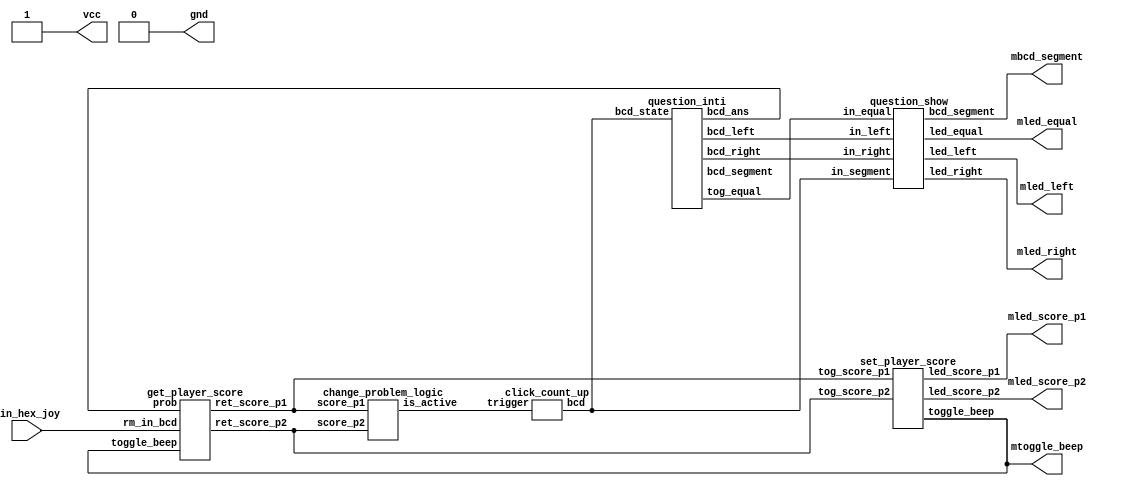
module main (vcc, gnd, mled_left, mtoggle_beep, mled_right, mled_equal, mbcd_segment, mled_score_p1, mled_score_p2, min_hex_joy);

//Not finished @091259 0130
  output [4:0]mled_left,mled_right, mled_score_p1, mled_score_p2;
  output mled_equal, vcc, gnd, mtoggle_beep;
  output [3:0]mbcd_segment;
  input [7:0]min_hex_joy;

  wire [3:0]wo_bcd_left, wo_bcd_right, wo_bcd_segment, wo_ans;
  wire wo_tog_equal;
  wire [3:0]wo_state;
  wire inw_trigger;

  wire wo_ret_score_p1, wo_ret_score_p2;

  wire [3:0]w_anssel;
  wire [1:0]w_player;

  reg vcc, gnd;

  wire wo_toggle_beep;

//Global Pin for extranal
  always @ ( 1 ) begin
    vcc = 1;
    gnd = 0;
  end




  //starting state with zero
  click_count_up cup(wo_state, inw_trigger);

  //initial question
  //module question_inti (bcd_left, bcd_right, tog_equal, bcd_segment, bcd_ans, state);
  question_inti q1(wo_bcd_left, wo_bcd_right, wo_tog_equal, wo_bcd_segment, wo_ans, wo_state);

  //Show question in display
  //module question_show (led_left, led_right, led_equal, bcd_segment, in_left, in_right, in_equal, in_segment);
  question_show qs1(mled_left, mled_right, mled_equal, mbcd_segment, wo_bcd_left, wo_bcd_right, wo_tog_equal, wo_state);

  //LocalMethod: wait player press buttom
  //module get_player_score(ret_score_p1, ret_score_p2, rm_in_bcd, prob);
  get_player_score gps1(wo_ret_score_p1, wo_ret_score_p2, min_hex_joy, wo_ans, wo_toggle_beep);

  //module set_player_score(toggle_beep, led_score_p1, led_score_p2, tog_score_p1, tog_score_p2);
  set_player_score sps1(wo_toggle_beep, mled_score_p1, mled_score_p2, wo_ret_score_p1, wo_ret_score_p2);

  and(mtoggle_beep, wo_toggle_beep, wo_toggle_beep);

  //LocalMethod: change state
  //module change_problem_logic(is_active, score_p1, score_p2);
  change_problem_logic ch1(inw_trigger, wo_ret_score_p1, wo_ret_score_p2);


endmodule // main

/*---------------------------------------------------------------------*/
module question_inti (bcd_left, bcd_right, tog_equal, bcd_segment, bcd_ans, bcd_state);
  output [3:0]bcd_left, bcd_right;
  output [3:0]bcd_segment, bcd_ans;
  output tog_equal;
  input [3:0]bcd_state;

  reg [3:0]bcd_left, bcd_right;
  reg [3:0]bcd_segment, bcd_ans;
  reg tog_equal;


  always @ (bcd_state) begin
    if (bcd_state == 0) begin
      bcd_left = 3;
      bcd_right = 3;
      tog_equal = 0;
      bcd_segment = 3;
      bcd_ans = 3;
    end
    else if (bcd_state == 1) begin
      bcd_left = 1;
      bcd_right = 1;
      tog_equal = 1;
      bcd_segment = 1;
      bcd_ans = 1;
    end
    else if (bcd_state == 2) begin
      bcd_left = 4;
      bcd_right = 4;
      tog_equal = 0;
      bcd_segment = 4;
      bcd_ans = 4;
    end
    else if (bcd_state == 3) begin
      bcd_left = 2;
      bcd_right = 2;
      tog_equal = 1;
      bcd_segment = 2;
      bcd_ans = 2;
    end
    else if (bcd_state == 4) begin
      bcd_left = 1;
      bcd_right = 1;
      tog_equal = 0;
      bcd_segment = 1;
      bcd_ans = 1;
    end
    else if (bcd_state == 5) begin
      bcd_left = 4;
      bcd_right = 4;
      tog_equal = 1;
      bcd_segment = 4;
      bcd_ans = 4;
    end
    else if (bcd_state == 6) begin
      bcd_left = 3;
      bcd_right = 3;
      tog_equal = 0;
      bcd_segment = 3;
      bcd_ans = 3;
    end
    else if (bcd_state == 7) begin
      bcd_left = 2;
      bcd_right = 2;
      tog_equal = 1;
      bcd_segment = 2;
      bcd_ans = 2;
    end
    else if (bcd_state == 8) begin
      bcd_left = 1;
      bcd_right = 1;
      tog_equal = 0;
      bcd_segment = 1;
      bcd_ans = 1;
    end
    else if (bcd_state == 9) begin
      bcd_left = 4;
      bcd_right = 4;
      tog_equal = 1;
      bcd_segment = 4;
      bcd_ans = 4;
    end
    /*else begin
      bcd_left = 10;
      bcd_right = 10;
      tog_equal = 10;
      bcd_segment = 0;
      bcd_ans = 10;
    end */
  end
endmodule // question_inti

module question_show (led_left, led_right, led_equal, bcd_segment, in_left, in_right, in_equal, in_segment);
/*
  low-level module to show 5 digits led-problem and equal and segment
  @input [bcd]data and [active hight]in_equal
  @output [active hight]all led
  @delay xxx ns
  @
*/
  output [4:0]led_left, led_right;
  output [3:0]bcd_segment;
  output led_equal;
  input [3:0]in_left, in_right, in_segment;
  input in_equal;

  reg [4:0]led_left, led_right;
  reg [3:0]bcd_segment;
  reg led_equal;
  always @(1) begin
    case (in_left)
      0: led_left = 5'b00000;
      1: led_left = 5'b00001;
      2: led_left = 5'b00011;
      3: led_left = 5'b00111;
      4: led_left = 5'b01111;
      5: led_left = 5'b11111;
      //10: led_left = 5'b10101; //State test
      default: led_left = 5'b01010;
    endcase
  end

  always @ (1)
  begin
    
    case (in_right)
      0: led_right = 5'b00000;
      1: led_right = 5'b00001;
      2: led_right = 5'b00011;
      3: led_right = 5'b00111;
      4: led_right = 5'b01111;
      5: led_right = 5'b11111;
      //10: led_right = 5'b10101; //State test
      default: led_right = 5'b01010;
    endcase
  end

  always @ (1) begin
    bcd_segment = in_segment;
    led_equal = in_equal;
  end

endmodule // question_show

module score_bcd_translate (led_player, bcd_player_score);
/*
  low-level module to show 5 digits led-score
  @output [5bit][active hight] led array
  @input trigger
  @design this function for Right-hand player if you want
    to use LH player you should invert-side of LED ex
    12345 -> 54321 it's eazy ways
  @delay 7.2ns [091259 0011]
*/
  input [3:0]bcd_player_score;
  output [4:0]led_player;
  reg [4:0]led_player;


  //Working always
  always @ (1) begin
    case (bcd_player_score)
      0: led_player = 5'b00000;
      1: led_player = 5'b00001;
      2: led_player = 5'b00011;
      3: led_player = 5'b00111;
      4: led_player = 5'b01111;
      5: led_player = 5'b11111;
      default: led_player = 5'b00000;
    endcase
  end
endmodule

module click_count_up(bcd, trigger);
  output [3:0]bcd;
  input trigger;
  reg [3:0]bcd;


  always @ ( posedge trigger ) begin
    case (bcd)
      0: bcd = 1;
      1: bcd = 2;
      2: bcd = 3;
      3: bcd = 4;
      4: bcd = 5;
      5: bcd = 6;
      6: bcd = 7;
      7: bcd = 8;
      8: bcd = 9;
      9: bcd = 0;
      default: bcd = 0;
    endcase
  end
endmodule
module change_problem_logic(is_active, score_p1, score_p2);
/*
  low-level module for compair 2 player score for send toggle data next problem
  @output [1-bit] 1 if one of person have corrcet answer
  @input [1bit][active hight] one score of perple or both
*/
  output is_active;
  input score_p1, score_p2;
  or(is_active, score_p1, score_p2);

endmodule

module set_player_score(toggle_beep, led_score_p1, led_score_p2, tog_score_p1, tog_score_p2);
  output [4:0]led_score_p1, led_score_p2;
  output toggle_beep;
  input tog_score_p1, tog_score_p2;
  reg toggle_beep;
  wire [3:0]score_p1, score_p2;

  click_count_up cku_p1(score_p1, tog_score_p1);
  click_count_up cku_p2(score_p2, tog_score_p2);

  score_bcd_translate sbcdt1(led_score_p1, score_p1);
  score_bcd_translate sbcdt2(led_score_p2, score_p2);

  always @(1) begin
    if (score_p1 >= 5 || score_p2 >= 5) begin
      toggle_beep = 1;
    end
    else begin
      toggle_beep = 0;
    end
  end

endmodule


module get_player_score(ret_score_p1, ret_score_p2, rm_in_bcd, prob, toggle_beep);
/*
  check player answer with problem answer and get who player give score
  @output [active hight] 1-bit score_player1 OR score_player2
  @input [bcd] remote_raw_bcd , problem_bcd_answer
*/
  output ret_score_p1;
  output ret_score_p2;
  input [7:0]rm_in_bcd;
  input [3:0]prob;
  input toggle_beep;
  wire [3:0]player_ans;
  wire [1:0]players;

  reg ret_score_p1, ret_score_p2;
  remote_chk_ans_ply rcap(player_ans, players, rm_in_bcd);

  always @(1)
  begin
    if (player_ans == prob && !toggle_beep)
      begin
          case (players)
              1:ret_score_p1 = 1'b1;
              2:ret_score_p2 = 1'b1;
              default:
                begin
                  ret_score_p1 = 1'b0;
                  ret_score_p2 = 1'b0;
                end
          endcase
      end
    else
      begin
        ret_score_p1 = 1'b0;
        ret_score_p2 = 1'b0;
      end
  end
endmodule

module remote_chk_ans_ply(anssel, player, in_hex);
/*
  check answer from remote both
  @retrun choice 1-4 [3:0]and player 1-2 [1:0]
  @input [active low] raw bcd[7:0] from remote
*/
  output [3:0]anssel;
  output [1:0]player;
  input [7:0]in_hex;

  reg [3:0]anssel;
  reg [1:0]player;

  always @(1)
    begin
      case (in_hex)
        8'b11111110 :
        begin
          anssel = 4;
          player = 2;
        end
        8'b11111101 :
        begin
          anssel = 3;
          player = 2;
        end
        8'b11111011 :
        begin
          anssel = 2;
          player = 2;
        end
        8'b11110111 :
        begin
          anssel = 1;
          player = 2;
        end
        8'b11101111 :
        begin
          anssel = 4;
          player = 1;
        end
        8'b11011111 :
        begin
          anssel = 3;
          player = 1;
        end
        8'b10111111 :
        begin
          anssel = 2;
          player = 1;
        end
        8'b01111111 :
        begin
          anssel = 1;
          player = 1;
        end
        default:
          begin
            anssel = 0;
            player = 0;
          end
      endcase
    end
endmodule